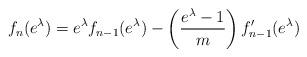
LaTeX: \begin{align*}&f_n(e^\lambda)=e^{\lambda}f_{n-1}(e^\lambda)-\left(\frac{e^{\lambda}-1}{m}\right)f'_{n-1}(e^\lambda)\end{align*}